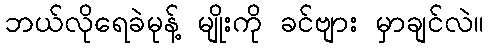
ဘယ်လိုရေခဲမုန့် မျိုးကို ခင်ဗျား မှာချင်လဲ။